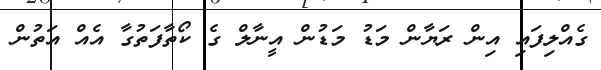
ގެއްލިފައި އިން ރަޔާން މަޑު މަޑުން އީނާލް ގެ ކޯތާފަތުގާ އެއް އަތުން